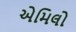
એમિલો